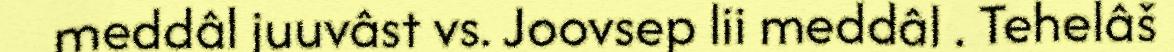
meddâl juuvâst vs. Joovsep lii meddâl . Tehelâš